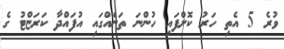
ވުރެ 5 އެތި ހަރު ކޮށްފައި ހުންނަ ތަނެއްގައި އުފައްދާ ކަރަޏްޓު ގެ